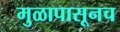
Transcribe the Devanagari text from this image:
मुळापासूनच